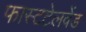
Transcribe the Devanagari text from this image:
फास्टटेलवेंड